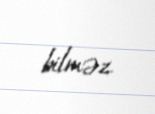
bilməz.